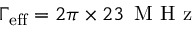
\Gamma _ { \mathrm { e f f } } = 2 \pi \times 2 3 \ensuremath { \, \mathrm { ~ M ~ H ~ z ~ } }